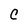
Character: C